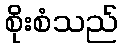
စိုးစံသည်